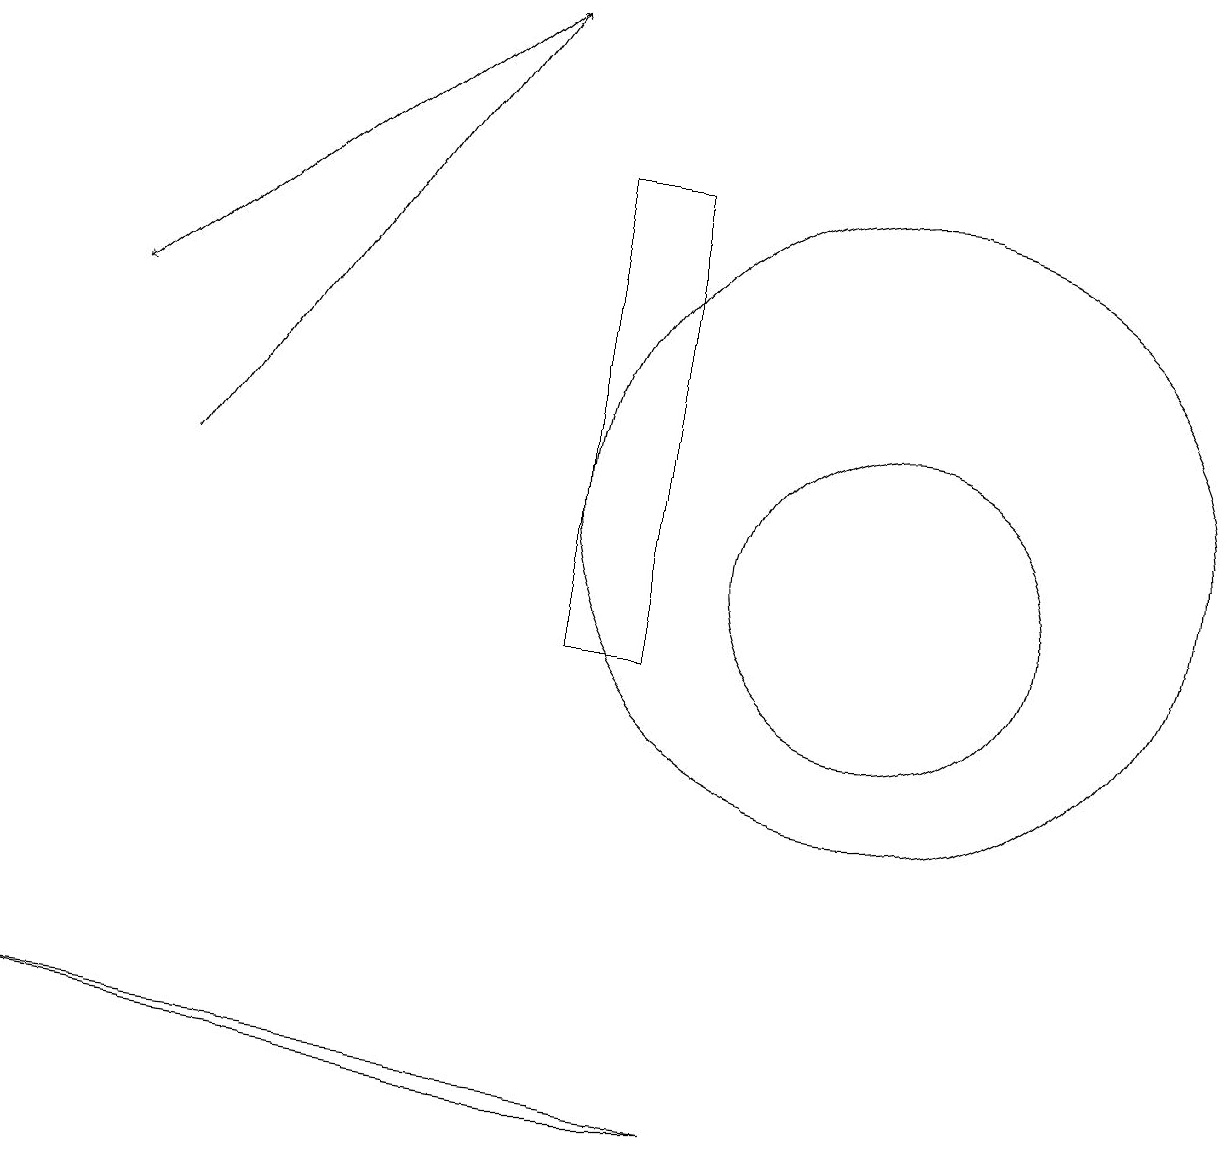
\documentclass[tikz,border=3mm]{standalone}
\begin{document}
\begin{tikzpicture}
\draw[->] (2,12) -- (6,18);
\draw (11,11) circle (2);
\draw (9,4) -- (7,4) -- (0,5) -- cycle;
\draw (7,16) rectangle (8,10);
\draw[->] (6,18) -- (1,14);
\draw (11,12) circle (4);
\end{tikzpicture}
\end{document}